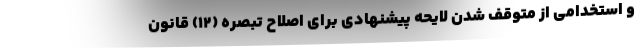
و استخدامی از متوقف شدن لایحه پیشنهادی برای اصلاح تبصره (۱۲) قانون